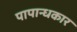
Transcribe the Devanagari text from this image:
पापान्धकार